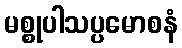
မစ္စုပါသပ္ပမောစနံ